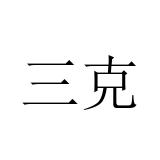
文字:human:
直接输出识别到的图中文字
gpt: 三克